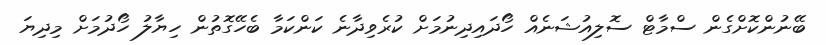
ބޭނުންކޮށްގެން ސްމާޓް ސޮލިއުޝަނެއް ހޯދައިދިނުމަށް ކުރެވިދާނެ ކަންކަމާ ބެހޭގޮތުން ހިޔާލު ހޯދުމަށް މިދިޔަ